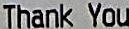
THANK YOU